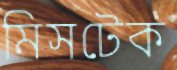
মিসটেক